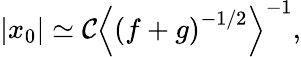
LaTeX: \left|x_{0}\right|\simeq\mathcal{C}\left\langle\left(f+g\right)^{-1/2}\right\rangle^{-1},